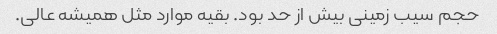
حجم سیب زمینی بیش از حد بود. بقیه موارد مثل همیشه عالی.